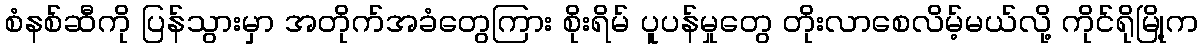
စံနစ်ဆီကို ပြန်သွားမှာ အတိုက်အခံတွေကြား စိုးရိမ် ပူပန်မှုတွေ တိုးလာစေလိမ့်မယ်လို့ ကိုင်ရိုမြို့က